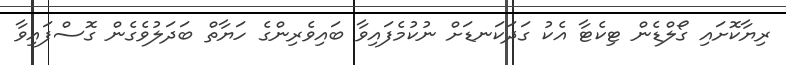
ރިޔާކޮށައި ގޯލްޑެން ޓިކެޓާ އެކު ގަދަކަނޑަށް ނުކުމެފައިވާ ބައިވެރިންގެ ހަޔާތް ބަދަލުވެގެން ގޮސްފައިވާ